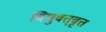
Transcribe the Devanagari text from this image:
विषुवत्‌वृत्त